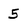
Character: 5